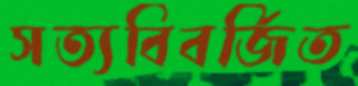
সত্যবিবর্জিত